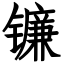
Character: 镰